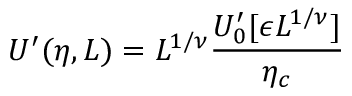
U ^ { \prime } ( \eta , L ) = L ^ { 1 / \nu } \frac { U _ { 0 } ^ { \prime } [ \epsilon L ^ { 1 / \nu } ] } { \eta _ { c } }